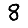
Digit: 8